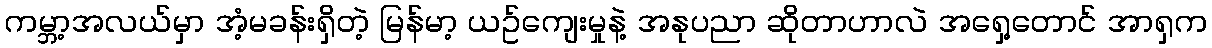
ကမ္ဘာ့အလယ်မှာ အံ့မခန်းရှိတဲ့ မြန်မာ့ ယဥ်ကျေးမှုနဲ့ အနုပညာ ဆိုတာဟာလဲ အရှေ့တောင် အာရှက